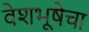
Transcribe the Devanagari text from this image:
वेशभूषेचा